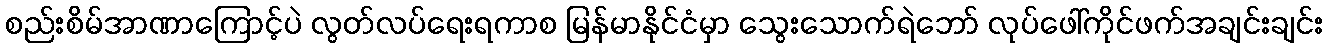
စည်းစိမ်အာဏာကြောင့်ပဲ လွတ်လပ်ရေးရကာစ မြန်မာနိုင်ငံမှာ သွေးသောက်ရဲဘော် လုပ်ဖေါ်ကိုင်ဖက်အချင်းချင်း